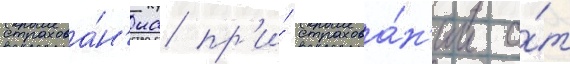
страхова́н'иа пр'и́ страхова́н'ии о́т